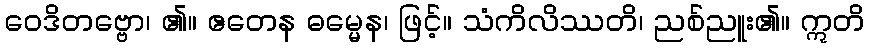
ဝေဒိတဗ္ဗော၊ ၏။ ဧတေန ဓမ္မေန၊ ဖြင့်။ သံကိလိဿတိ၊ ညစ်ညူး၏။ ဣတိ